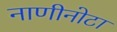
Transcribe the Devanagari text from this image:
नाणीनोटा